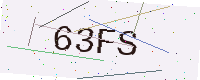
Text: 63FS